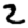
Digit: 2